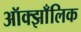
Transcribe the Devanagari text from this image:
ऑक्झाँलिक